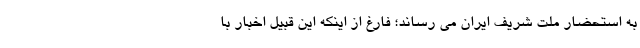
به استحضار ملت شریف ایران می رساند؛ فارغ از اینکه این قبیل اخبار با